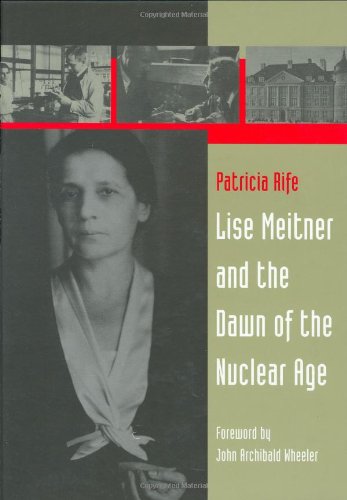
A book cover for Lise Meitner and the Dawn of the Nuclear Age; Patricia Rife; Science & Math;